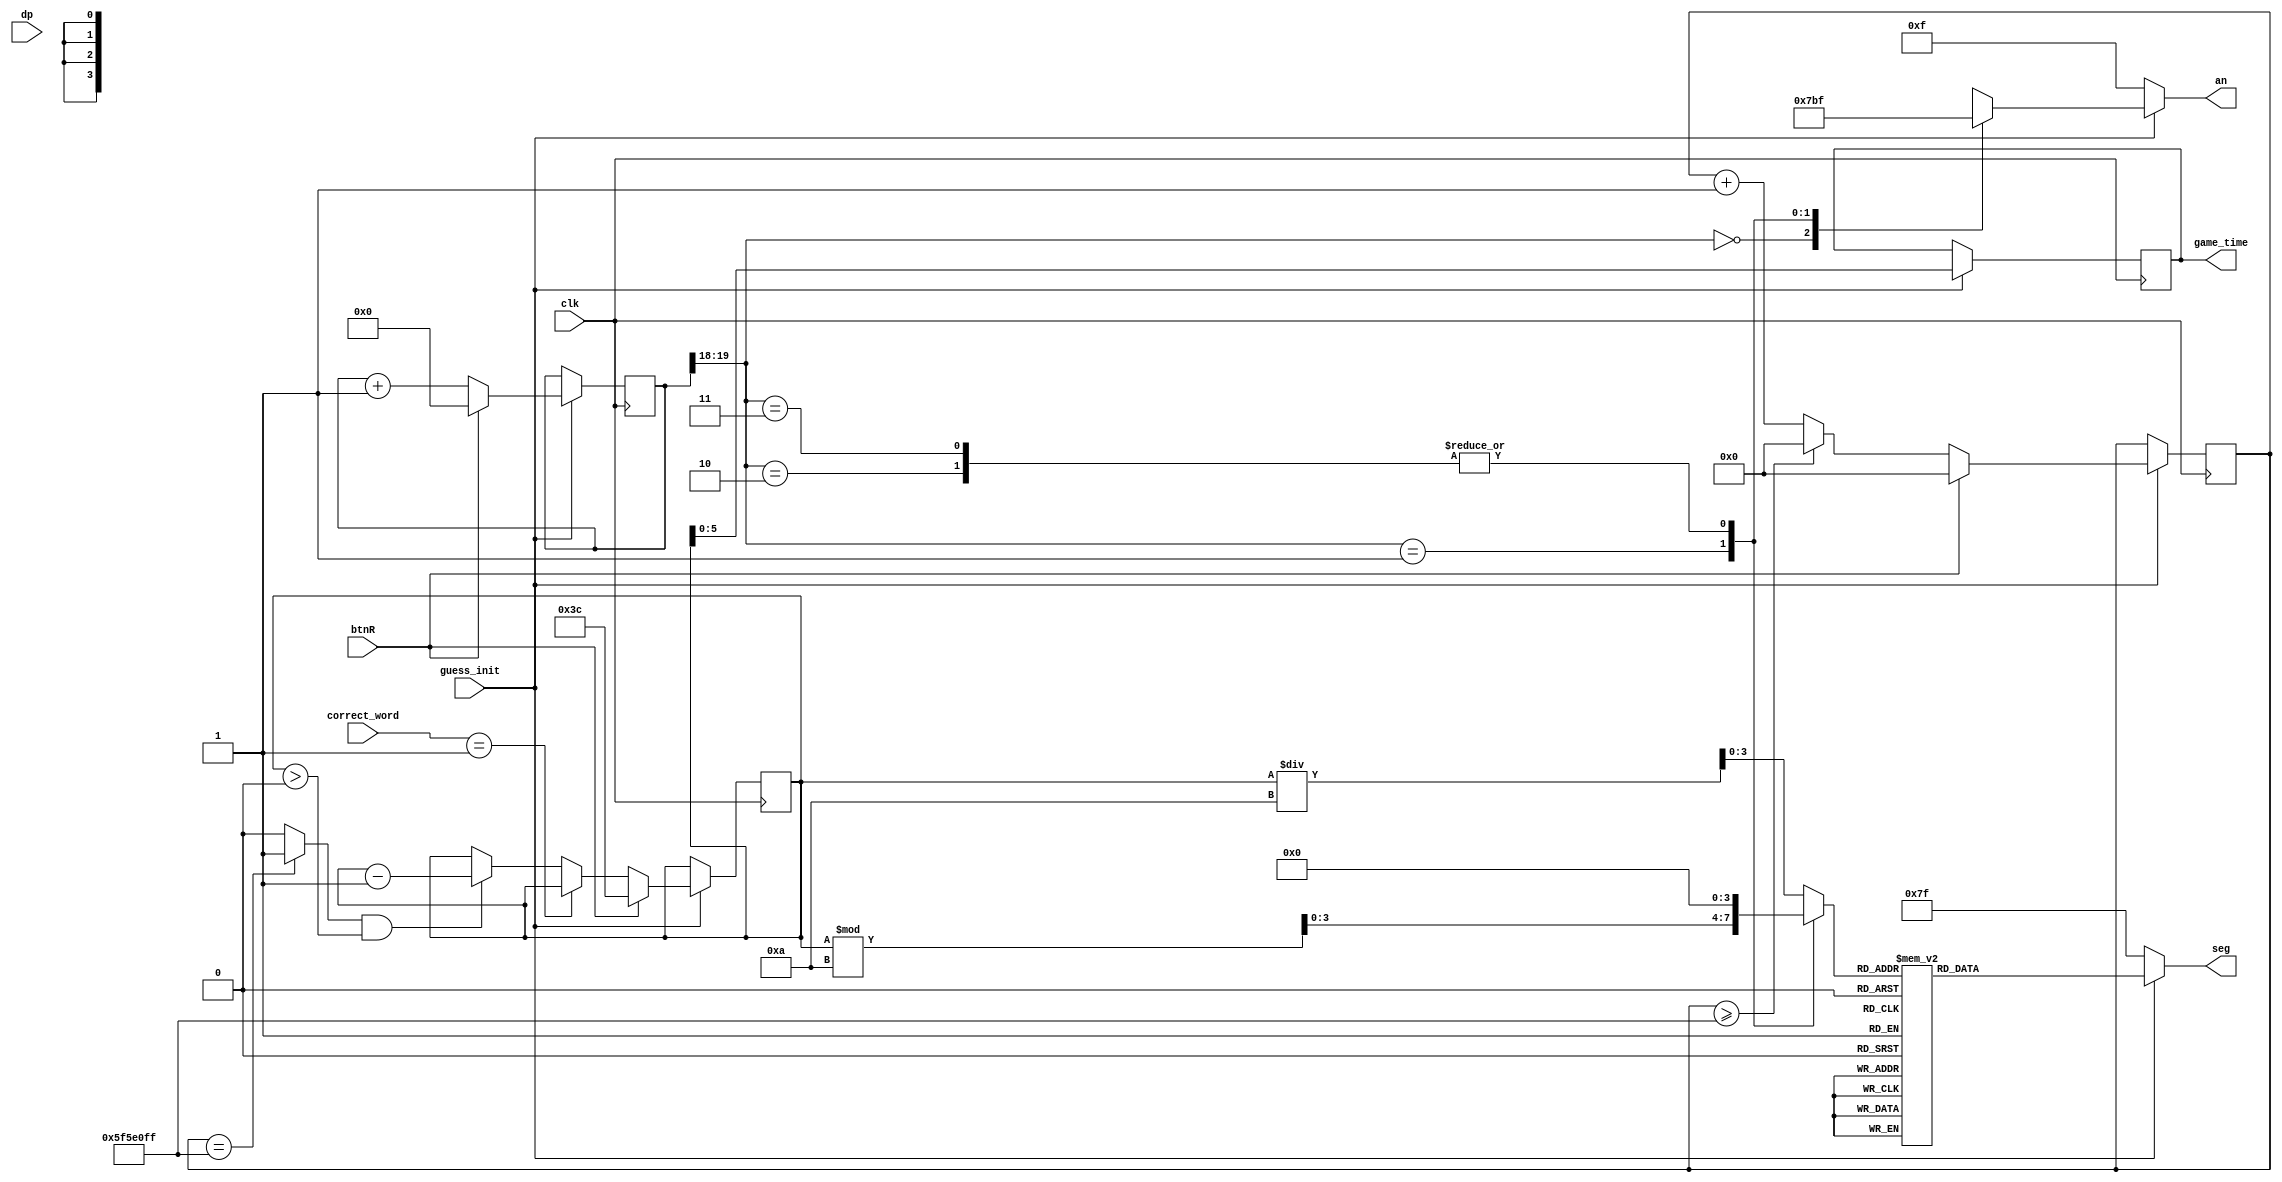
`timescale 1ns / 1ps
//////////////////////////////////////////////////////////////////////////////////
// Company: 
// Engineer: 
// 
// Design Name: 
// Module Name: timer
// Project Name: 
// Target Devices: 
// Tool Versions: 
// Description: 
// 
// Dependencies: 
// 
// Revision:
// Revision 0.01 - File Created
// Additional Comments:
// 
//////////////////////////////////////////////////////////////////////////////////


module timer(
    input guess_init,
    input clk, 
    input btnR,
    input dp,
    input [1:0] correct_word,
    output reg [3:0] an, 
    output reg [6:0] seg,
    output reg [5:0] game_time
    );
    reg [26:0] one_second_counter;
    wire one_second_enable;
    reg [15:0] display; 
    reg [3:0] BCD;
    reg [19:0] refresh;
    wire [1:0] LED_counter; 
    always @(posedge clk)
    begin
        if (guess_init) begin
            if(btnR == 1)
                one_second_counter <= 0;
            else begin
                if(one_second_counter >= 99999999) 
                    one_second_counter <= 0;
                else
                    one_second_counter <= one_second_counter + 1;
            end
        end
    end 
    assign one_second_enable = (one_second_counter == 99999999) ? 1 : 0;

    always @(posedge clk)
    begin
        if (guess_init) begin
            if (btnR == 1) begin
                display <= 60; // Change initial value to 20 for countdown
            end
            else if (correct_word == 2'd1) begin
                display <= display;
            end
            else if (one_second_enable == 1 && display > 0) begin
                display <= display - 1;
            end
            game_time <= display;
        end
    end
    always @(posedge clk)
    begin 
        if (guess_init) begin
            if(btnR == 1)
                refresh <= 0;
            else
                refresh <= refresh + 1;
        end
    end
    assign LED_counter = refresh[19:18];
    always @(*)
    begin
        if (guess_init) begin
            case(LED_counter)
            2'b00: begin
                an = 4'b0111; 
                BCD = display/10;
                  end
            2'b01: begin
                an = 4'b1011; 
                BCD = display % 10;
                  end
            2'b10: begin
                an = 4'b1111; 
                BCD = 4'b0000; 
                    end
            2'b11: begin
                an = 4'b1111; 
                BCD = 4'b0000; 
                   end
            endcase
            
            // 7 segment display
            case(BCD)
                4'b0000: seg = 7'b1000000;      
                4'b0001: seg = 7'b1111001;  
                4'b0010: seg = 7'b0100100; 
                4'b0011: seg = 7'b0110000;
                4'b0100: seg = 7'b0011001;
                4'b0101: seg = 7'b0010010;
                4'b0110: seg = 7'b0000010;
                4'b0111: seg = 7'b1111000;
                4'b1000: seg = 7'b0000000;    
                4'b1001: seg = 7'b0010000;
                default: seg = 7'b1000000;    
            endcase
        end
        
        // init state
        else begin
            an = 4'b1111;
            seg = 7'b1111111;
        end
    end
    
 endmodule